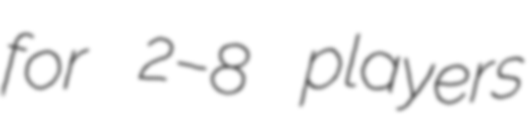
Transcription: for 2–8 players